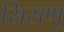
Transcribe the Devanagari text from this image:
सिसणू